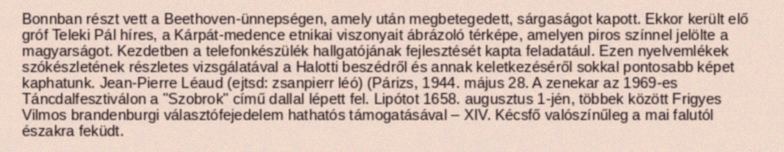
Bonnban részt vett a Beethoven-ünnepségen, amely után megbetegedett, sárgaságot kapott. Ekkor került elő gróf Teleki Pál híres, a Kárpát-medence etnikai viszonyait ábrázoló térképe, amelyen piros színnel jelölte a magyarságot. Kezdetben a telefonkészülék hallgatójának fejlesztését kapta feladatául. Ezen nyelvemlékek szókészletének részletes vizsgálatával a Halotti beszédről és annak keletkezéséről sokkal pontosabb képet kaphatunk. Jean-Pierre Léaud (ejtsd: zsanpierr léó) (Párizs, 1944. május 28. A zenekar az 1969-es Táncdalfesztiválon a "Szobrok" című dallal lépett fel. Lipótot 1658. augusztus 1-jén, többek között Frigyes Vilmos brandenburgi választófejedelem hathatós támogatásával – XIV. Kécsfő valószínűleg a mai falutól északra feküdt.